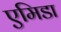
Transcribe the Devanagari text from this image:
एमिडा